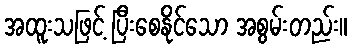
အထူးသဖြင့် ပြီးစေနိုင်သော အစွမ်းတည်း။